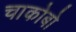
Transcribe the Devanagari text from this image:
चाकोबो